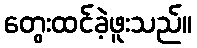
တွေးထင်ခဲ့ဖူးသည်။